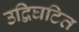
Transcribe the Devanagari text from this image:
उद्विघटित